Report on vaccination in Madras 1877-1894 - 1877-1894
Year: 1877
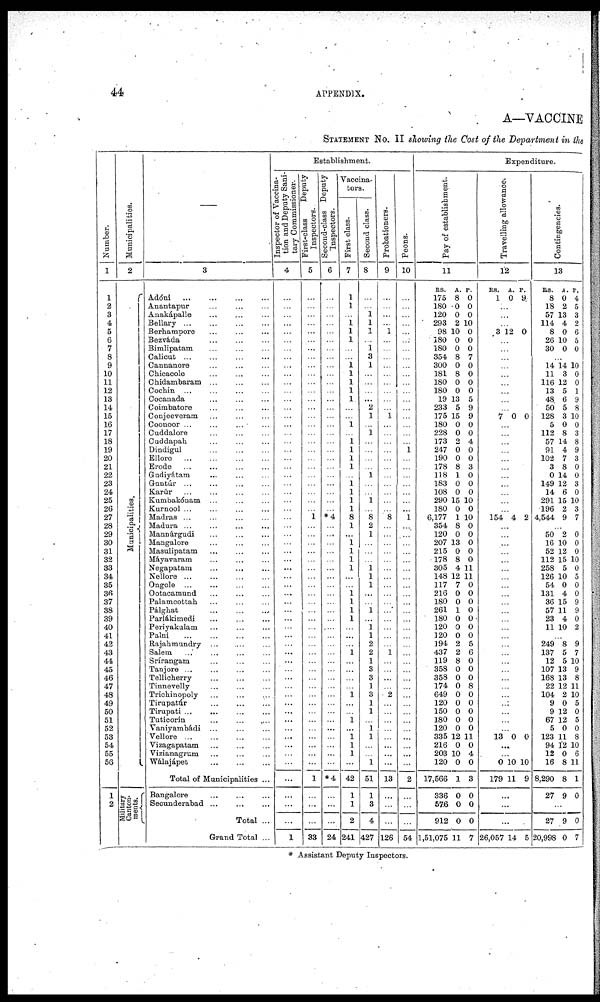
44
APPENDIX.
A—VACCINE
STATEMENT NO. II showing the Cost of the Department in the
Number.
1
1
2
3
4
5
6
7
8
9
10
11
12
13
14
15
16
17
18
19
20
21
22
23
24
25
26
27
28
29
30
31
32
33
34
35
36
37
38
39
40
41
42
43
44
45
46
47
48
49
50
51
52
53
54
55
56
1
2
Municipalities.
2
Municipalities.
Military
Canton-
ments.
—
3
Adóni ... ... ... ...
Anantapur
...
...
...
Anakápalle ... ... ...
Bellary
...
...
...
Berharapore ... ... ...
Bezváda ... ... ...
Bimlipatam ... ... ...
Calicut
...
...
...
...
Cannanore ... ... ...
Chicacole
...
...
...
Chidambaram ... ... ...
Cochin ... ... ...
Cocanada ... ... ...
Coimbatore ... ... ...
Conjeeveram ... ... ...
Coonoor ... ... ... ...
Cuddalore ... ... ...
Cuddapah
...
...
...
Dindigul ... ... ...
Ellore
...
...
...
...
Erode
...
...
...
...
Gudiyátam ... ... ...
Guntúr ... ... ... ...
Karúr ... ... ... ...
Kumbakónam
...
...
...
Kurnool ... ... ... ...
Madras ... ... ...
Madura ... ... ... ...
Mannárgudi ... ... ...
Mangalore ... ... ...
Masulipatam
...
...
...
Máyavaram ... ... ...
Negapatam
...
...
...
Nellore
...
...
...
Ongole ... ... ... ...
Ootacamund ... ... ...
Palamcottah ... ... ...
Pálghat
...
...
...
Parlákimedi ... ... ...
Periyakulam ... ... ...
Palni
...
...
...
...
Rajahmundry ... ... ...
Salem ... ... ... ...
Srírangam ... ... ...
Tanjore ... ... ... ...
Tellicherry ... ... ...
Tinnevelly ... ... ...
Trichinopoly ... ... ...
Tirupatúr
...
...
...
Tirupati ... ... ... ...
Tuticorin
...
...
...
Yaniyambádi ... ... ...
Vellore ... ... ... ...
Yizagapatam ... ... ...
Vizianagrum ... ... ...
Wálajápet
...
...
...
Total of Municipalities ...
Bangalore
...
...
...
Seounderabad
...
...
...
Total ...
Grand Total ...
Establishment.
Inspector of vaccina-
tion and Deputy Sani-
tary Commissioner.
4
...
...
...
...
...
...
...
...
...
...
...
...
...
...
...
...
...
...
...
...
...
...
...
...
...
...
...
...
...
...
...
...
...
...
...
...
...
...
...
...
...
... ...
...
...
...
...
...
...
...
...
...
...
...
...
...
...
...
...
...
1
First-class
Deputy
Inspectors.
5
...
...
...
...
...
...
...
...
...
...
...
...
...
...
...
...
...
...
...
...
...
...
...
...
...
...
1
...
...
...
...
...
...
...
...
...
...
...
...
...
...
...
...
...
...
...
...
...
...
...
...
...
...
...
...
...
1
...
...
...
33
Second-class Deputy
Inspectors.
6
...
...
...
...
...
...
...
...
...
...
...
...
...
...
...
...
...
...
...
...
...
...
...
...
...
...
*4
...
...
...
...
...
...
...
...
...
...
...
...
...
...
...
...
...
...
...
...
...
...
...
...
...
...
...
...
...
*4
...
...
...
24
Vaccina-
tors.
First class.
7
1
1
...
1
1
1
...
...
1
1
1
1
1
...
...
1
...
1 1
1
1
...
1 1
1
1
8
1
...
1
1
1
1
...
...
1 1
1
1
...
...
... 1
...
...
...
...
1
...
... 1
...
1
1
1
...
42
1
1
2
241
Second class.
8
...
...
1 1
1
...
1
3
1
...
...
...
...
2
1
...
1
...
...
...
...
1
...
...
1
...
8
2
1
...
...
...
1 1
1
...
...
1
...
1
1
2
2
1
3
3
1
3
1
1
...
1
1
...
...
1
51
1
3
4
427
Probationers.
9
...
...
...
...
1
...
...
...
...
...
...
...
...
...
1
...
...
...
...
...
...
...
...
...
...
...
8
...
...
...
...
...
...
...
...
...
...
...
...
...
...
... 1
...
...
...
...
2
...
...
...
...
...
...
...
...
13
...
...
...
126
Peons.
10
...
...
...
...
...
...
...
...
...
...
...
...
...
...
...
...
...
...
1
...
...
...
...
...
...
...
1
...
...
...
...
...
...
...
...
...
...
...
...
...
...
...
...
...
...
...
...
...
...
...
...
...
...
...
...
...
2
...
...
...
54
Expenditure.
Pay of establishment.
11
RS.
175
180
120
293
98
180
180
354
300
181
180
180
19
233
175
180
228
173
247
190
178
118
183
108
290
180
6,177
354
120
207
215
178
305
148
117
216
180
261
180
120
120
194
437
119
358
358
174
649
120
150
180
120
335
216
203
120
17,566
336
576
912
1,51,075
A.
8
0
0
2
10
0
0
8
0
8
0
0
13
5
15
0
0
2
0
0
8
1
0
0
15
0
1
8
0
13
0
8
4
12
7
0
0
1
0
0
0
2
2
8
0
0
0
0
0
0
0
0
12
0
10
0
1
0
0
0
11
P.
0
0
0
10
0
0
0
7
0
0
0
0
5
9
9
0
0
4
0
0
3
0
0
0
10
0
10
0
0
0
0
0
11
11
0
0
0
0
0
0
0
5
6
0
0
0
8
0
0
0
0
0
11
0
4
0
3
0
0
0
7
Travelling allowance.
12
RS.
1
A.
0
P.
9.
...
...
...
3 12 0
...
...
...
...
...
...
...
...
...
7 0 0
...
...
...
...
...
...
... ...
...
...
...
154 4 2
...
...
...
...
...
...
...
...
...
...
...
...
...
...
...
...
...
...
...
...
...
...
...
...
...
13 0 0
...
...
0
179
10
11
10
9
...
...
...
26,057 14 5
Contingencies.
13
RS.
8
18
57
114
8
26
30
A.
0
2
13
4
0
10
0
P.
4
5
3
2
6
5
0
...
14
11
116
13
48
50
128
5
112
57
91
102
3
0
149
14
291
196
4,544
14
3
12
5
6
5
3
0
8
14
4
7
8
14
12
6
15
2
9
10
0
0
1
9
8
10
0
3
8
9
3
0
0
3
0
10
3
7
...
50
16
52
112
258
126
54
131
36
57
23
11
2
10
12
15
5
10
0
4
15
11
4
10
0
0
0
10
0
5
0
0
9
9
0
2
...
249
137
12
107
168
22
104
9
9
67
5
123
94
12
16
8,290
27
8
5
5
13
13
12
2
0
12
12
0
11
12
0
8
8
9
9
7
10
9
8
11
10
5
0
5
0
8
10
6
11
1
0
...
27
20,998
9
0
0
7
* Assistant Deputy Inspectors.